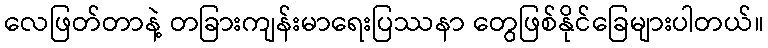
လေဖြတ်တာနဲ့ တခြားကျန်းမာရေးပြဿနာ တွေဖြစ်နိုင်ခြေများပါတယ်။